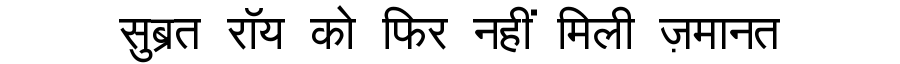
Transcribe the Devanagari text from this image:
सुब्रत रॉय को फिर नहीं मिली ज़मानत